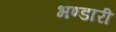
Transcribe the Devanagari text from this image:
भण्‍डारी